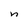
Character: n